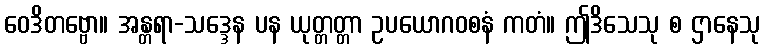
ဝေဒိတဗ္ဗော။ အန္တရာ-သဒ္ဒေန ပန ယုတ္တတ္တာ ဥပယောဂဝစနံ ကတံ။ ဤဒိသေသု စ ဌာနေသု